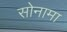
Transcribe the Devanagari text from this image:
सोनामा